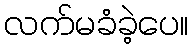
လက်မခံခဲ့ပေ။